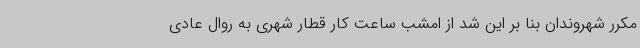
مکرر شهروندان بنا بر این شد از امشب ساعت کار قطار شهری به روال عادی